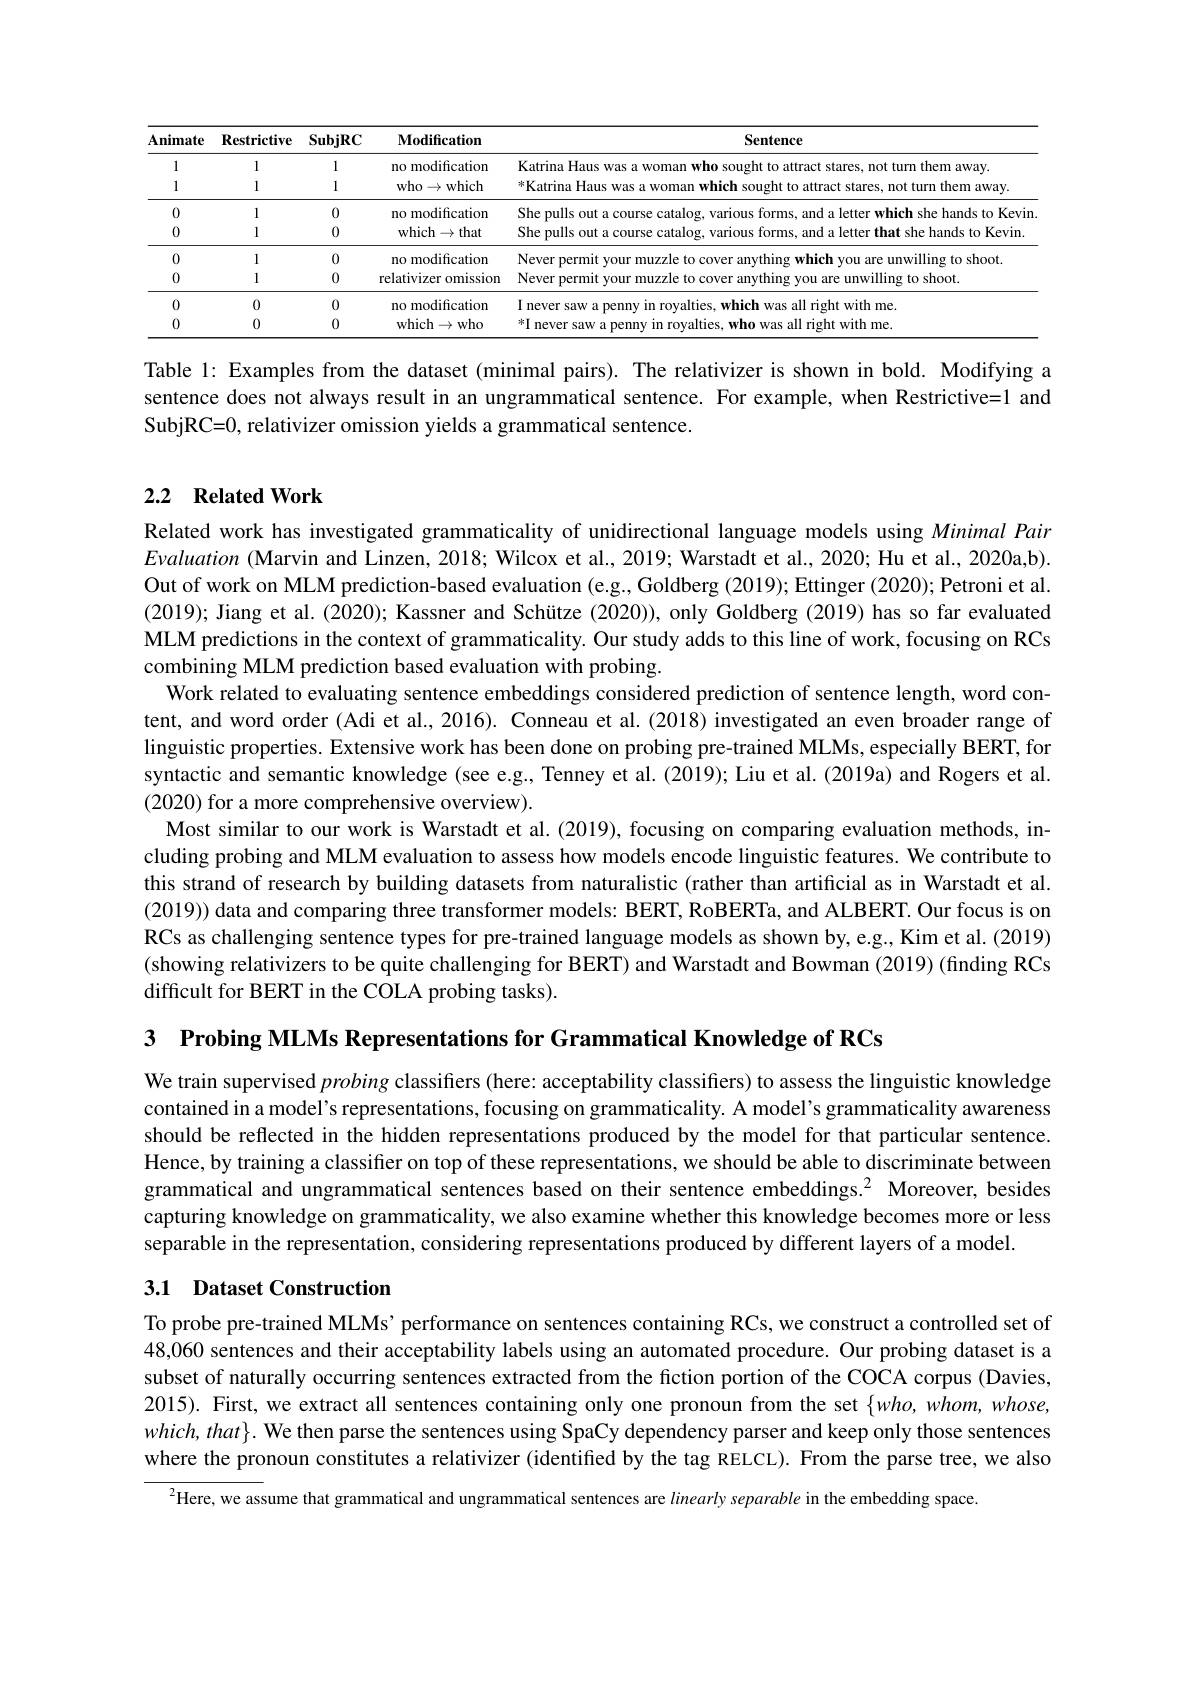
<table>
	<tbody>
		<tr>
			<th>Animate</th>
			<th>$\mathbf{Restrictive}$</th>
			<th>$\mathbf{SubjRC}$</th>
			<th>Modification</th>
			<th>Sentence</th>
		</tr>
		<tr>
			<td>1</td>
			<td>1</td>
			<td>1</td>
			<td rowspan="2">no modification who$\to$which</td>
			<td rowspan="2">Katrina Haus was a woman who sought to attract stares, not turn them away. *Katrina Haus was a woman which sought to attract stares, not turn them away.</td>
		</tr>
		<tr>
			<td>1</td>
			<td>1</td>
			<td>1</td>
		</tr>
		<tr>
			<td>0</td>
			<td>1</td>
			<td>0</td>
			<td rowspan="2">no modification which$\to$that</td>
			<td>She pulls Kevin s Olit</td>
		</tr>
		<tr>
			<td>0</td>
			<td>1</td>
			<td>0</td>
			<td>She pulls out a course $\tan$ nd a letter that she hands to Kevin</td>
		</tr>
		<tr>
			<td>0</td>
			<td>1</td>
			<td>0</td>
			<td rowspan="2">no modification relativizer omission</td>
			<td>Never g to shoot VOU</td>
		</tr>
		<tr>
			<td>0</td>
			<td>1</td>
			<td>0</td>
			<td>Never permit your rmuzzle to co are unwilling to shoot</td>
		</tr>
		<tr>
			<td>0</td>
			<td>0</td>
			<td>0</td>
			<td rowspan="2">no modification which$\to$who</td>
			<td>ght with me never s Saw 10</td>
		</tr>
		<tr>
			<td>0</td>
			<td>0</td>
			<td>0</td>
			<td>*I never $\mathbf{zhtwithme}$</td>
		</tr>
	</tbody>
</table>

Table 1: Examples from the dataset (minimal pairs). The relativizer is shown in bold. Modifying a sentence does not always result in an ungrammatical sentence. For example, when Restrictive=1 and SubjRC=0, relativizer omission yields a grammatical sentence.

## 2.2 Related Work

Related work has investigated grammaticality of unidirectional language models using Minimal Pair Evaluation (Marvin and Linzen, 2018; Wilcox et al., 2019; Warstadt et al., 2020; Hu et al., 2020a,b). Out of work on MLM prediction-based evaluation (e.g., Goldberg (2019); Ettinger (2020); Petroni et al. (2019); Jiang et al. (2020); Kassner and Schütze (2020)), only Goldberg (2019) has so far evaluated MLM predictions in the context of grammaticality. Our study adds to this line of work, focusing on RCs combining MLM prediction based evaluation with probing.
Work related to evaluating sentence embeddings considered prediction of sentence length, word content, and word order (Adi et al., 2016). Conneau et al.(2018) investigated an even broader range of linguistic properties. Extensive work has been done on probing pre-trained MLMs, especially BERT, fon syntactic and semantic knowledge (see e.g., Tenney et al. (2019); Liu et al. (2019a) and Rogers et al (2020) for a more comprehensive overview).
Most similar to our work is Warstadt et al.(2019), focusing on comparing evaluation methods, including probing and MLM evaluation to assess how models encode linguistic features. We contribute to this strand of research by building datasets from naturalistic (rather than artificial as in Warstadt et al. (2019)) data and comparing three transformer models: BERT, RoBERTa, and ALBERT. Our focus is on RCs as challenging sentence types for pre-trained language models as shown by, e.g., Kim et al. (2019) (showing relativizers to be quite challenging for BERT) and Warstadt and Bowman (2019) (finding RCs difficult for BERT in the COLA probing tasks)

3 Probing MLMs Representations for Grammatical Knowledge of RCs

We train supervised probing classifiers (here: acceptability classifers) to assess the linguistic knowledge contained in a model's representations, focusing on grammaticality. A model's grammaticality awareness should be reflected in the hidden representations produced by the model for that particular sentence. Hence, by training a classifier on top of these representations, we should be able to discriminate between grammatical and ungrammatical sentences based on their sentence embeddings.$^{2}$ Moreover, besides capturing knowledge on grammaticality, we also examine whether this knowledge becomes more or less separable in the representation, considering representations produced by different layers of a model.

# 3.1 Dataset Construction

To probe pre-trained MLMs' performance on sentences containing RCs, we construct a controlled set of 48,060 sentences and their acceptability labels using an automated procedure. Our probing dataset is a subset of naturally occurring sentences extracted from the fiction portion of the COCA corpus (Davies, 2015). First, we extract all sentences containing only one pronoun from the set $\{who,whom,whose$, $which,that\}.$ We then parse the sentences using SpaCy dependency parser and keep only those sentences where the pronoun constitutes a relativizer (identified by the tag RELCL). From the parse tree, we also

$^{2}$Here, we assume that grammatical and ungrammatical sentences are linearly separable in the embedding space.